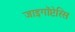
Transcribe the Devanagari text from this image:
जाइगॉप्टेरिस